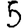
Digit: 5